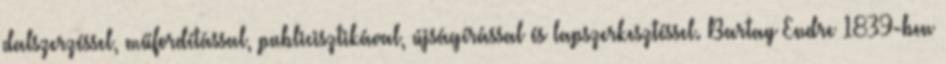
dalszerzéssel, műfordítással, publicisztikával, újságírással és lapszerkesztéssel. Bartay Endre 1839-ben